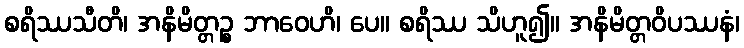
စရိဿသီတိ၊ အနိမိတ္တဉ္စ ဘာဝေဟိ၊ ပေ။ စရိဿ သိဟူ၍။ အနိမိတ္တဝိပဿနံ၊